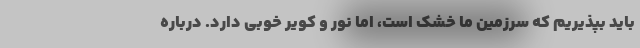
باید بپذیریم که سرزمین ما خشک است، اما نور و کویر خوبی دارد. درباره